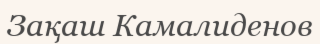
Зақаш Камалиденов